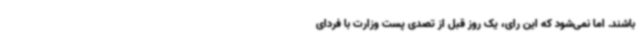
باشند. اما نمی‌شود که این رای، یک روز قبل از تصدی پست وزارت با فردای